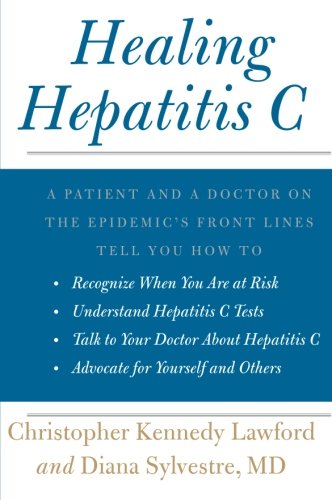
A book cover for Healing Hepatitis C: A Patient and a Doctor on the Epidemic's Front Lines Tell You How to Recognize When You Are at Risk, Understand Hepatitis C ... C, and Advocate for Yourself and Others; Christopher Kennedy Lawford; Health, Fitness & Dieting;